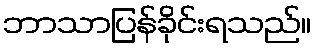
ဘာသာပြန်ခိုင်းရသည်။